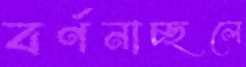
বর্ণনাচ্ছলে